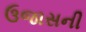
ઉજાસની